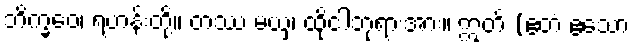
ဘိက္ခဝေ၊ ရဟန်းတို့။ တဿ မယှံ၊ ထိုငါဘုရားအား။ ဣတိ (ဧတံ ဧသော